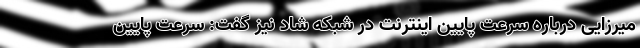
میرزایی درباره سرعت پایین اینترنت در شبکه شاد نیز گفت: سرعت پایین